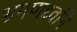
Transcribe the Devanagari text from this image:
भ्रमणध्वनि